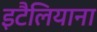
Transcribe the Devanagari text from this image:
इटैलियाना